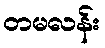
တမလန်း